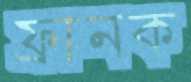
ফ্রানক